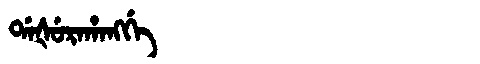
Manchu: ᡩᠠᡧᡠᡵᠠᡥᠠᠩᡤᡝ
Romanization: DAŠURAHANGGE